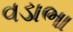
વડાભા